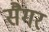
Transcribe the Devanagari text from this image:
सैगर